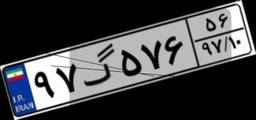
۸۷گ۶۴۸۷۵